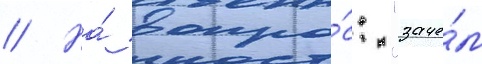
// На́ вопро́с: "заче́м